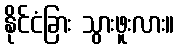
နိုင်ငံခြား သွားဖူးလား။